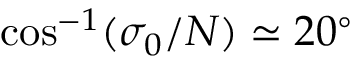
\cos ^ { - 1 } ( \sigma _ { 0 } / N ) \simeq 2 0 ^ { \circ }